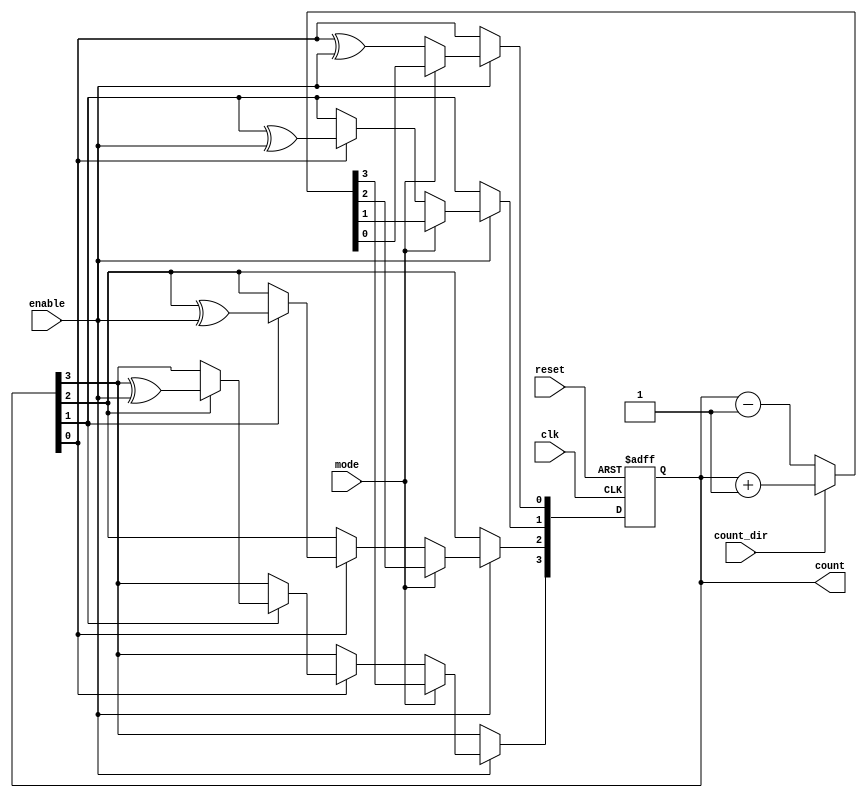
module Chained_Parallel_Counter (
    input wire clk,          // Clock signal
    input wire reset,        // Asynchronous reset
    input wire enable,       // Enable signal
    input wire count_dir,    // Count direction: 1 for up, 0 for down
    input wire mode,         // Mode: 1 for parallel, 0 for chained
    output reg [N-1:0] count // Counter output
);
    parameter N = 4; // Number of bits in the counter

    // Internal signals for chained mode
    reg [N-1:0] next_count;

    always @(posedge clk or posedge reset) begin
        if (reset) begin
            count <= 0; // Reset counter to 0
        end else if (enable) begin
            if (mode) begin
                // Parallel counting
                count <= next_count; // Update count based on next_count
            end else begin
                // Chained counting (ripple)
                count[0] <= count[0] ^ enable; // Toggle LSB based on enable
                if (count[0]) begin
                    count[1] <= count[1] ^ enable;
                    if (count[1]) begin
                        count[2] <= count[2] ^ enable;
                        if (count[2]) begin
                            count[3] <= count[3] ^ enable;
                        end
                    end
                end
            end
        end
    end

    // Combinational logic to determine next count value for parallel mode
    always @(*) begin
        if (count_dir) begin
            next_count = count + 1; // Increment count
        end else begin
            next_count = count - 1; // Decrement count
        end
    end
endmodule